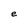
Character: e